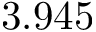
3 . 9 4 5